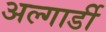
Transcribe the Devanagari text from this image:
अल्गार्डी